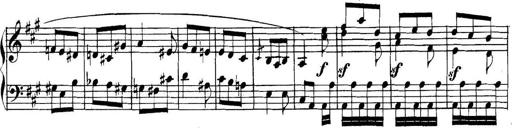
Title: Collected Piano Sonatas
Composer: Muzio Clementi